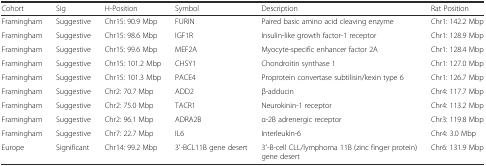
<table><thead><tr><td><b>Cohort</b></td><td><b>Sig</b></td><td><b>H-Position</b></td><td><b>Symbol</b></td><td><b>Description</b></td><td><b>Rat Position</b></td></tr></thead><tbody><tr><td>Framingham</td><td>Suggestive</td><td>Chr15: 90.9 Mbp</td><td>FURIN</td><td>Paired basic amino acid cleaving enzyme</td><td>Chr1: 142.2 Mbp</td></tr><tr><td>Framingham</td><td>Suggestive</td><td>Chr15: 98.6 Mbp</td><td>IGF1R</td><td>Insulin-like growth factor-1 receptor</td><td>Chr1: 128.9 Mbp</td></tr><tr><td>Framingham</td><td>Suggestive</td><td>Chr15: 99.6 Mbp</td><td>MEF2A</td><td>Myocyte-specific enhancer factor 2A</td><td>Chr1: 128.4 Mbp</td></tr><tr><td>Framingham</td><td>Suggestive</td><td>Chr15: 101.2 Mbp</td><td>CHSY1</td><td>Chondroitin synthase 1</td><td>Chr1: 127.0 Mbp</td></tr><tr><td>Framingham</td><td>Suggestive</td><td>Chr15: 101.3 Mbp</td><td>PACE4</td><td>Proprotein convertase subtilisin/kexin type 6</td><td>Chr1: 126.7 Mbp</td></tr><tr><td>Framingham</td><td>Suggestive</td><td>Chr2: 70.7 Mbp</td><td>ADD2</td><td>β-adducin</td><td>Chr4: 117.7 Mbp</td></tr><tr><td>Framingham</td><td>Suggestive</td><td>Chr2: 75.0 Mbp</td><td>TACR1</td><td>Neurokinin-1 receptor</td><td>Chr4: 113.2 Mbp</td></tr><tr><td>Framingham</td><td>Suggestive</td><td>Chr2: 96.1 Mbp</td><td>ADRA2B</td><td>α-2B adrenergic receptor</td><td>Chr3: 119.8 Mbp</td></tr><tr><td>Framingham</td><td>Suggestive</td><td>Chr7: 22.7 Mbp</td><td>IL6</td><td>Interleukin-6</td><td>Chr4: 3.0 Mbp</td></tr><tr><td>Europe</td><td>Significant</td><td>Chr14: 99.2 Mbp</td><td>3′-BCL11B gene desert</td><td>3′-B-cell CLL/lymphoma 11B (zinc finger protein) gene desert</td><td>Chr6: 131.9 Mbp</td></tr></tbody></table>